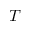
\boldsymbol { T }